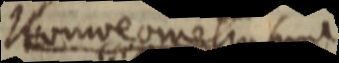
Homeo meli sunt